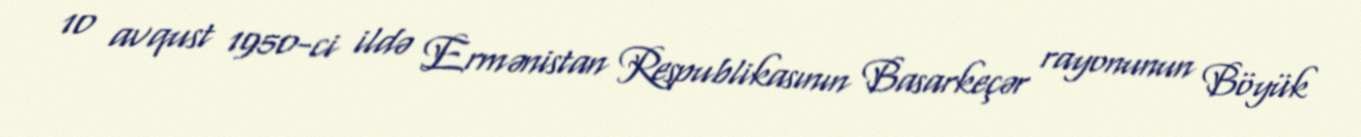
10 avqust 1950-ci ildə Ermənistan Respublikasının Basarkeçər rayonunun Böyük